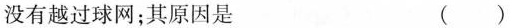
没有越过球网；其原因是 ( )